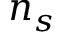
n _ { s }